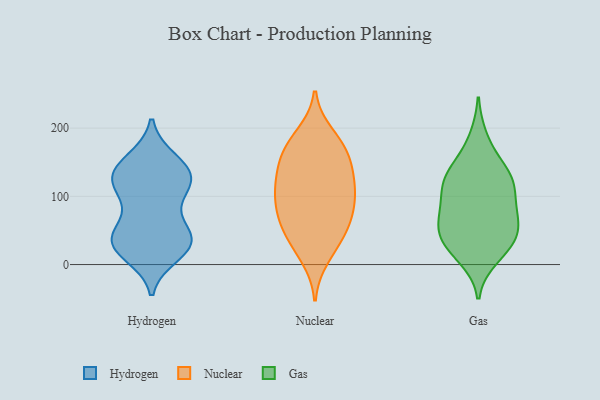
{"axis": {"x": "Headcount", "y": "Value"}, "legend": ["Gas", "Hydrogen", "Nuclear"], "data": [{"x": "", "y": 148, "type": "Hydrogen"}, {"x": "", "y": 143, "type": "Hydrogen"}, {"x": "", "y": 123, "type": "Hydrogen"}, {"x": "", "y": 127, "type": "Hydrogen"}, {"x": "", "y": 39, "type": "Hydrogen"}, {"x": "", "y": 153, "type": "Hydrogen"}, {"x": "", "y": 36, "type": "Hydrogen"}, {"x": "", "y": 28, "type": "Hydrogen"}, {"x": "", "y": 15, "type": "Hydrogen"}, {"x": "", "y": 35, "type": "Hydrogen"}, {"x": "", "y": 47, "type": "Hydrogen"}, {"x": "", "y": 109, "type": "Hydrogen"}, {"x": "", "y": 25, "type": "Hydrogen"}, {"x": "", "y": 105, "type": "Hydrogen"}, {"x": "", "y": 31, "type": "Hydrogen"}, {"x": "", "y": 125, "type": "Hydrogen"}, {"x": "", "y": 126, "type": "Hydrogen"}, {"x": "", "y": 71, "type": "Hydrogen"}, {"x": "", "y": 180, "type": "Nuclear"}, {"x": "", "y": 82, "type": "Nuclear"}, {"x": "", "y": 190, "type": "Nuclear"}, {"x": "", "y": 31, "type": "Nuclear"}, {"x": "", "y": 66, "type": "Nuclear"}, {"x": "", "y": 105, "type": "Nuclear"}, {"x": "", "y": 65, "type": "Nuclear"}, {"x": "", "y": 39, "type": "Nuclear"}, {"x": "", "y": 116, "type": "Nuclear"}, {"x": "", "y": 161, "type": "Nuclear"}, {"x": "", "y": 59, "type": "Nuclear"}, {"x": "", "y": 156, "type": "Nuclear"}, {"x": "", "y": 115, "type": "Nuclear"}, {"x": "", "y": 94, "type": "Nuclear"}, {"x": "", "y": 142, "type": "Nuclear"}, {"x": "", "y": 166, "type": "Nuclear"}, {"x": "", "y": 11, "type": "Nuclear"}, {"x": "", "y": 119, "type": "Nuclear"}, {"x": "", "y": 40, "type": "Gas"}, {"x": "", "y": 59, "type": "Gas"}, {"x": "", "y": 129, "type": "Gas"}, {"x": "", "y": 32, "type": "Gas"}, {"x": "", "y": 69, "type": "Gas"}, {"x": "", "y": 60, "type": "Gas"}, {"x": "", "y": 114, "type": "Gas"}, {"x": "", "y": 90, "type": "Gas"}, {"x": "", "y": 22, "type": "Gas"}, {"x": "", "y": 125, "type": "Gas"}, {"x": "", "y": 151, "type": "Gas"}, {"x": "", "y": 185, "type": "Gas"}, {"x": "", "y": 10, "type": "Gas"}, {"x": "", "y": 112, "type": "Gas"}, {"x": "", "y": 129, "type": "Gas"}, {"x": "", "y": 75, "type": "Gas"}, {"x": "", "y": 37, "type": "Gas"}]}